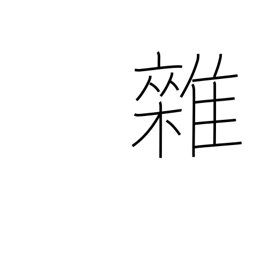
Meaning: mixed